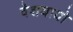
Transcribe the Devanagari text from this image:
वेशयायो